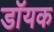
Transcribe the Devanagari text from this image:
डॉयक